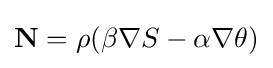
\mathbf {N} =\rho (\beta \nabla S-\alpha \nabla \theta )